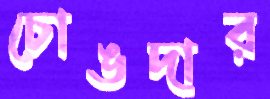
চোঙদার